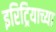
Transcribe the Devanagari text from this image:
इरिट्रियाच्या